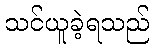
သင်ယူခဲ့ရသည်